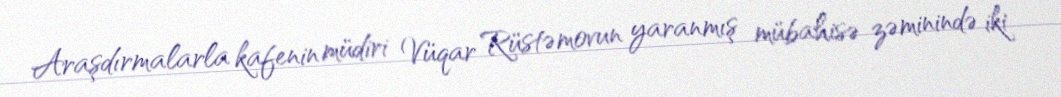
Araşdırmalarla kafenin müdiri Vüqar Rüstəmovun yaranmış mübahisə zəminində iki